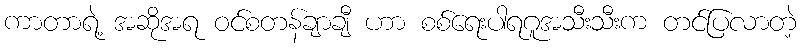
ကာတာရဲ့ အဆိုအရ ဝင်စတန်ချာချီ ဟာ စစ်ရေးပါရဂူအသီးသီးက တင်ပြလာတဲ့